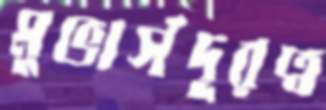
মুভার্সদূরত্ব